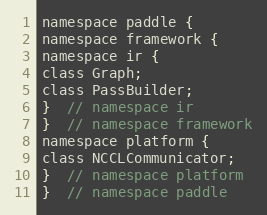
Language: C
namespace paddle {
namespace framework {
namespace ir {
class Graph;
class PassBuilder;
}  // namespace ir
}  // namespace framework
namespace platform {
class NCCLCommunicator;
}  // namespace platform
}  // namespace paddle